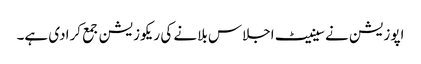
اپوزیشن نے سینیٹ اجلاس بلانے کی ریکوزیشن جمع کرادی ہے۔